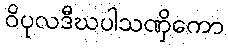
ဝိပုလဒီဃပါသဏှိကော